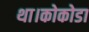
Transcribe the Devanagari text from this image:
था।कोकोडा